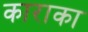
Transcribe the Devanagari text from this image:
काराका